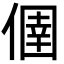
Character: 㒁